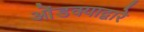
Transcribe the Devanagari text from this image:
ओंडक्याद्वारे